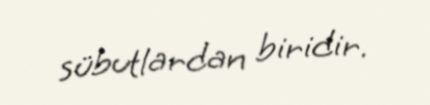
sübutlardan biridir.